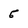
Character: 5